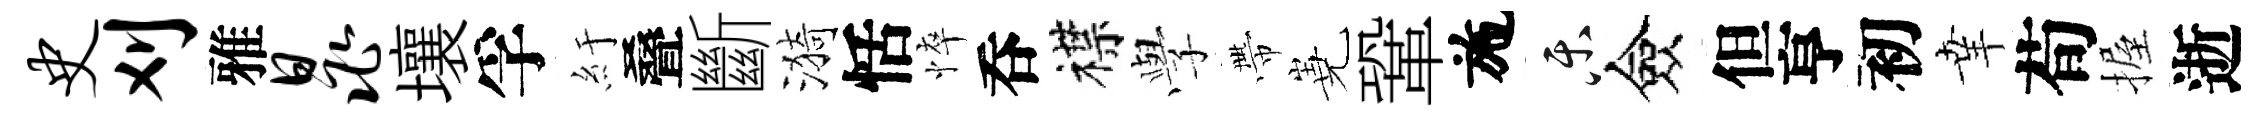
史刈雅晁壤孚紆叠斷漪恬悴呑襟𫝯帶嶤鞏施乐僉但亨初𦍒荀握逝